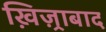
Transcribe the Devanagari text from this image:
ख़िज़्राबाद